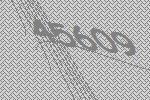
45609